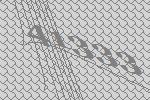
41333